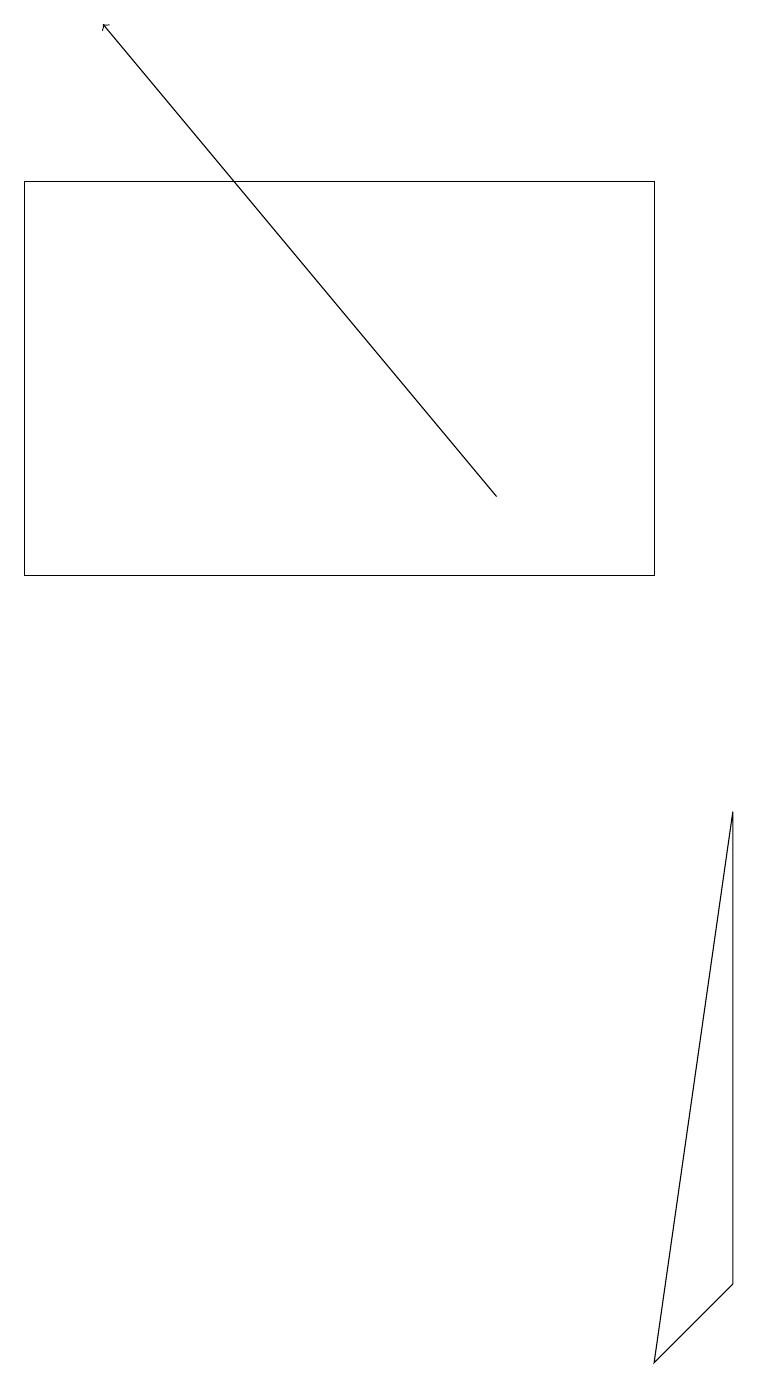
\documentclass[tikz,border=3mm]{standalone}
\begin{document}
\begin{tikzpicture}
\draw[->] (6,13) -- (1,19);
\draw (8,12) rectangle (0,17);
\draw (9,3) -- (9,9) -- (8,2) -- cycle;
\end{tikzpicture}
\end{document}